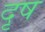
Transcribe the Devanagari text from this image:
दृष